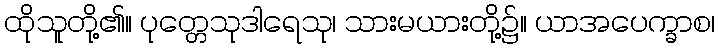
ထိုသူတို့၏။ ပုတ္တေသုဒါရေသု၊ သားမယားတို့၌။ ယာအပေက္ခာစ၊